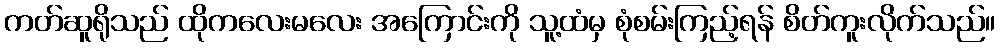
ကတ်ဆူရိုသည် ထိုကလေးမလေး အကြောင်းကို သူ့ထံမှ စုံစမ်းကြည့်ရန် စိတ်ကူးလိုက်သည်။